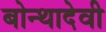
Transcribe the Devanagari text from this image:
बोन्थादेवी